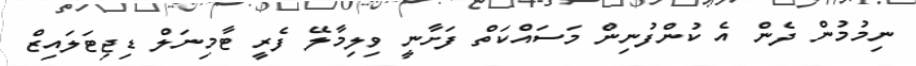
ނިމުމުން ދެން އެ ކުންފުނިން މަސައްކަތް ފަށާނީ ވިލިމާލޭ ފެރީ ޓާމިނަލް ޑިޖިޓަލައިޒް